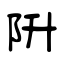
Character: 阩